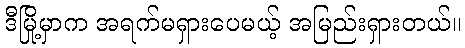
ဒီမြို့မှာက အရက်မရှားပေမယ့် အမြည်းရှားတယ်။